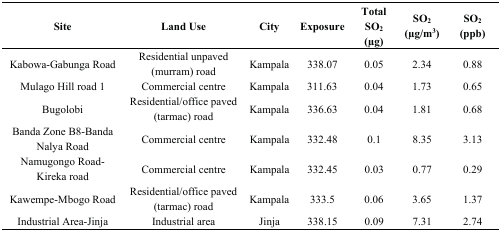
<table><thead><tr><td><b>Site</b></td><td><b>Land Use</b></td><td><b>City</b></td><td><b>Exposure</b></td><td><b>Total SO<sub>2</sub> (μg) </b></td><td><b>SO<sub>2</sub> (μg/m<sup>3</sup>)</b></td><td><b>SO<sub>2</sub> (ppb)</b></td></tr></thead><tbody><tr><td>Kabowa-Gabunga Road</td><td>Residential unpaved (murram) road</td><td>Kampala</td><td>338.07</td><td>0.05</td><td>2.34</td><td>0.88</td></tr><tr><td>Mulago Hill road 1</td><td>Commercial centre</td><td>Kampala</td><td>311.63</td><td>0.04</td><td>1.73</td><td>0.65</td></tr><tr><td>Bugolobi </td><td>Residential/office paved (tarmac) road</td><td>Kampala</td><td>336.63</td><td>0.04</td><td>1.81</td><td>0.68</td></tr><tr><td>Banda Zone B8-Banda Nalya Road</td><td>Commercial centre</td><td>Kampala</td><td>332.48</td><td>0.1</td><td>8.35</td><td>3.13</td></tr><tr><td>Namugongo Road-Kireka road </td><td>Commercial centre</td><td>Kampala</td><td>332.45</td><td>0.03</td><td>0.77</td><td>0.29</td></tr><tr><td>Kawempe-Mbogo Road</td><td>Residential/office paved (tarmac) road</td><td>Kampala</td><td>333.5</td><td>0.06</td><td>3.65</td><td>1.37</td></tr><tr><td>Industrial Area-Jinja</td><td>Industrial area</td><td>Jinja</td><td>338.15</td><td>0.09</td><td>7.31</td><td>2.74</td></tr></tbody></table>